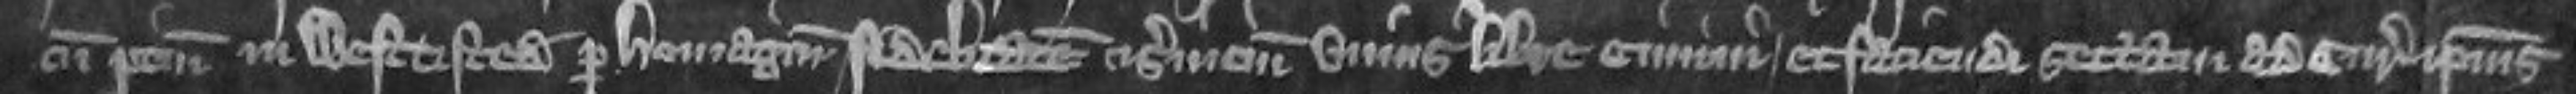
cum pertinenciis in Westtisted per homagium fidelitatem et servicium unius libre cimini et faciendi sectam ad curiam ipsius